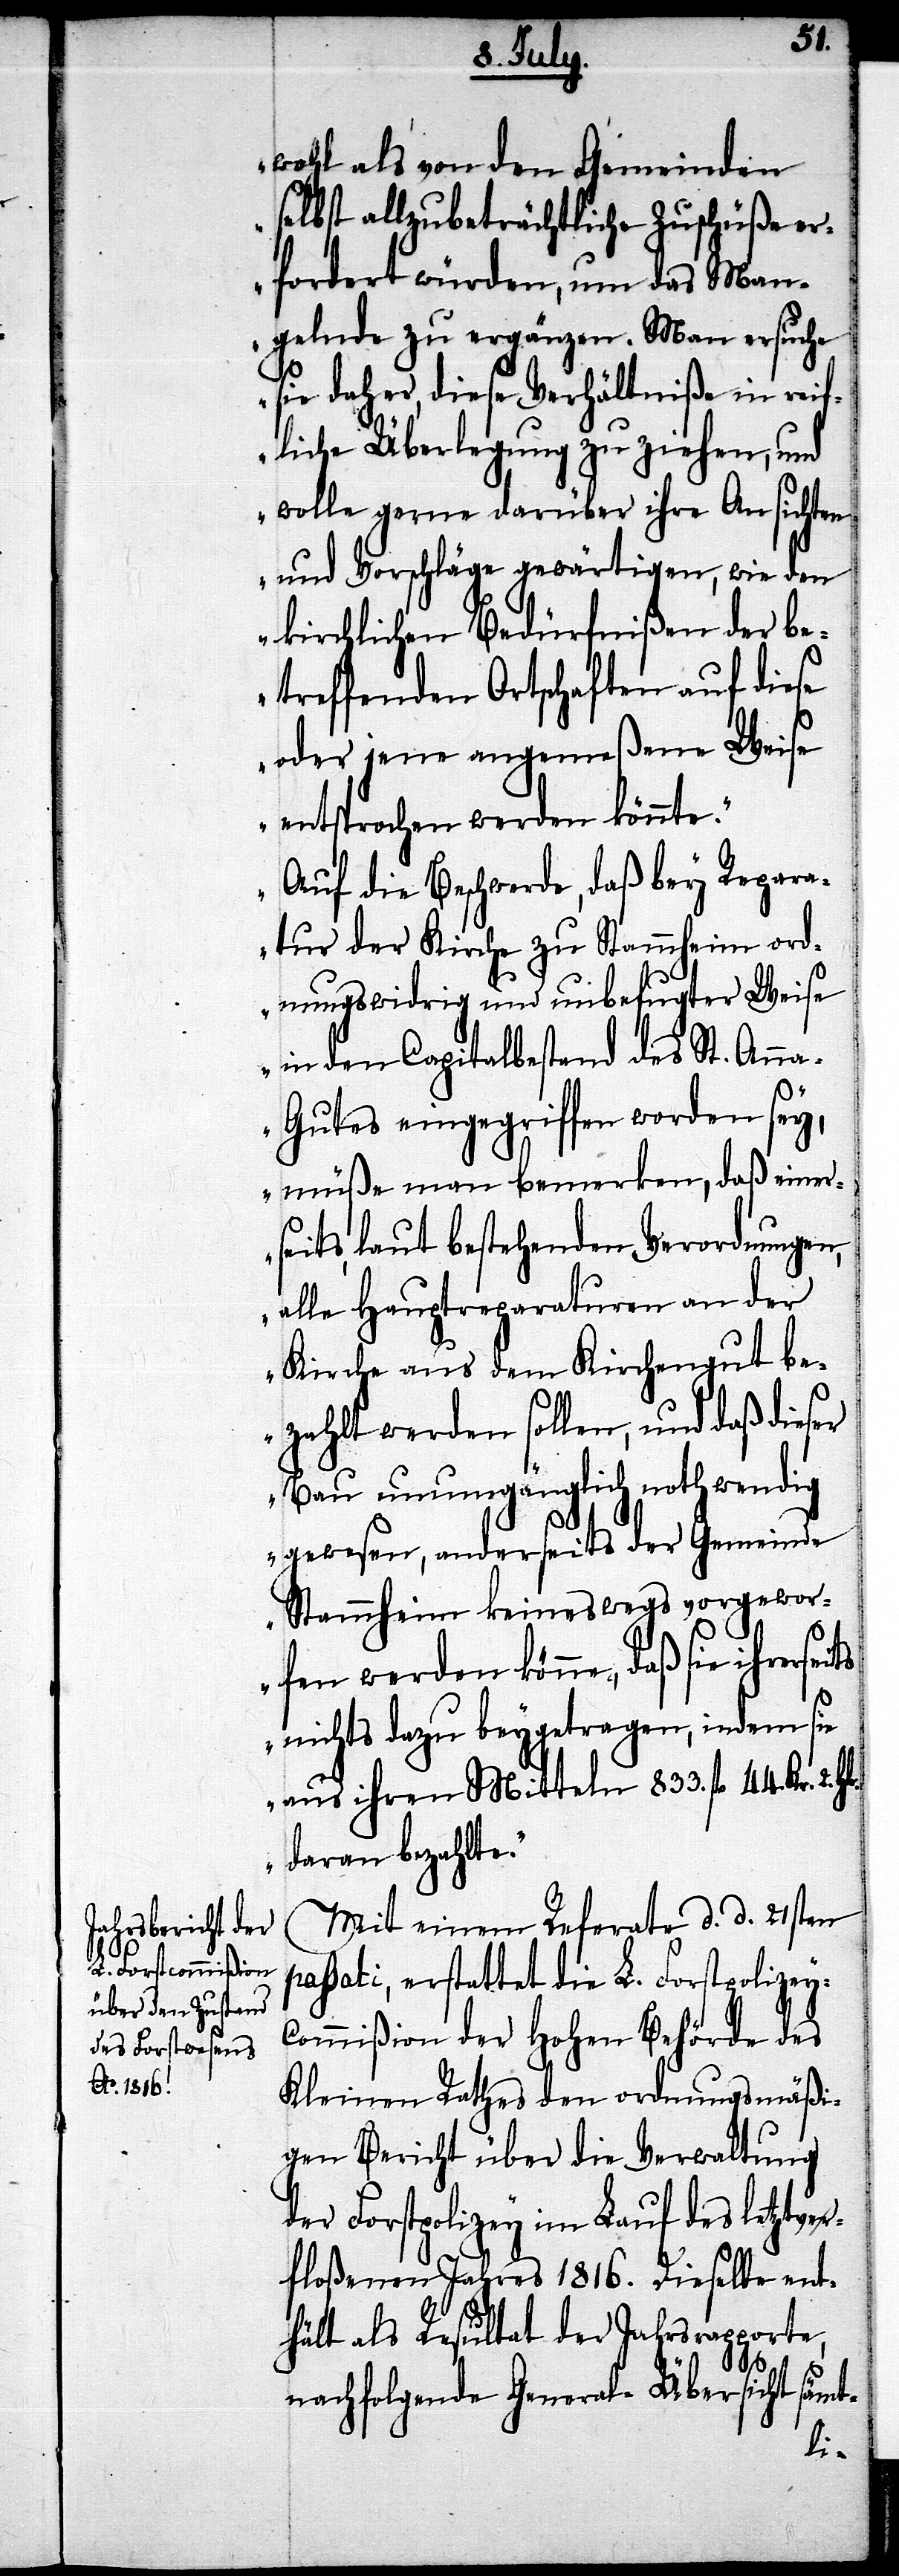
wohl als von den Gemeinden
selbst allzubeträchtliche Zuschüße er¬
fordert würden, um das Man¬
gelnde zu ergänzen. Man ersuche
sie daher, diese Verhältniße in reif¬
liche Überlegung zu ziehen, und
wolle gerne darüber ihre Ansichten
und Vorschläge gewärtigen, wie den
kirchlichen Bedürfnißen der be¬
treffenden Ortschaften auf diese
oder jene angemeßene Weise
entsprochen werden könnte.
Auf die Beschwerde, daß bey Repara¬
tur der Kirche zu Stammheim ord¬
nungswidrig und unbefugter Weise
in den Capitalbestand des St. Ann¬
a-Gutes eingegriffen worden sey,
müße man bemerken, daß einer¬
seits laut bestehenden Verordnungen,
alle Hauptreparaturen an der
Kirche aus dem Kirchengut be¬
zahlt werden sollen, und daß dieser
Bau unumgänglich nothwendig
gewesen, anderseits der Gemeinde
Stammheim keineswegs vorgewor¬
fen werden könne, daß sie
nichts dazu beygetragen, indem sie
aus ihren Mitteln 833. fl. 44. Kr. 2.
daran bezahlte.“
Mit einem Referate d. d. 21sten
passati, erstattet die L. Forstpolizey-C¬
ommißion der Hohen Behörde des
Kleinen Rathes den ordnungsmäßi¬
gen Bericht über die Verwaltung
der Forstpolizey im Lauf des letztver¬
floßenen Jahres 1816. Dieselbe ent¬
hält als Resultat der Jahresrapporte,
nachfolgende General-Übersicht sämt-